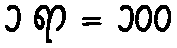
၁ ရာ = ၁၀၀